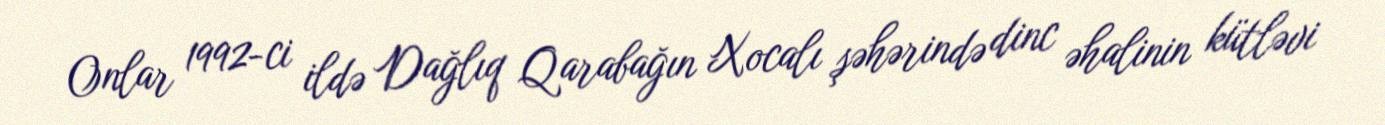
Onlar 1992-ci ildə Dağlıq Qarabağın Xocalı şəhərində dinc əhalinin kütləvi